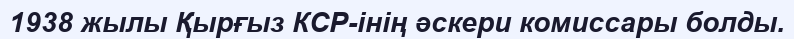
1938 жылы Қырғыз КСР-інің әскери комиссары болды.